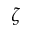
\zeta